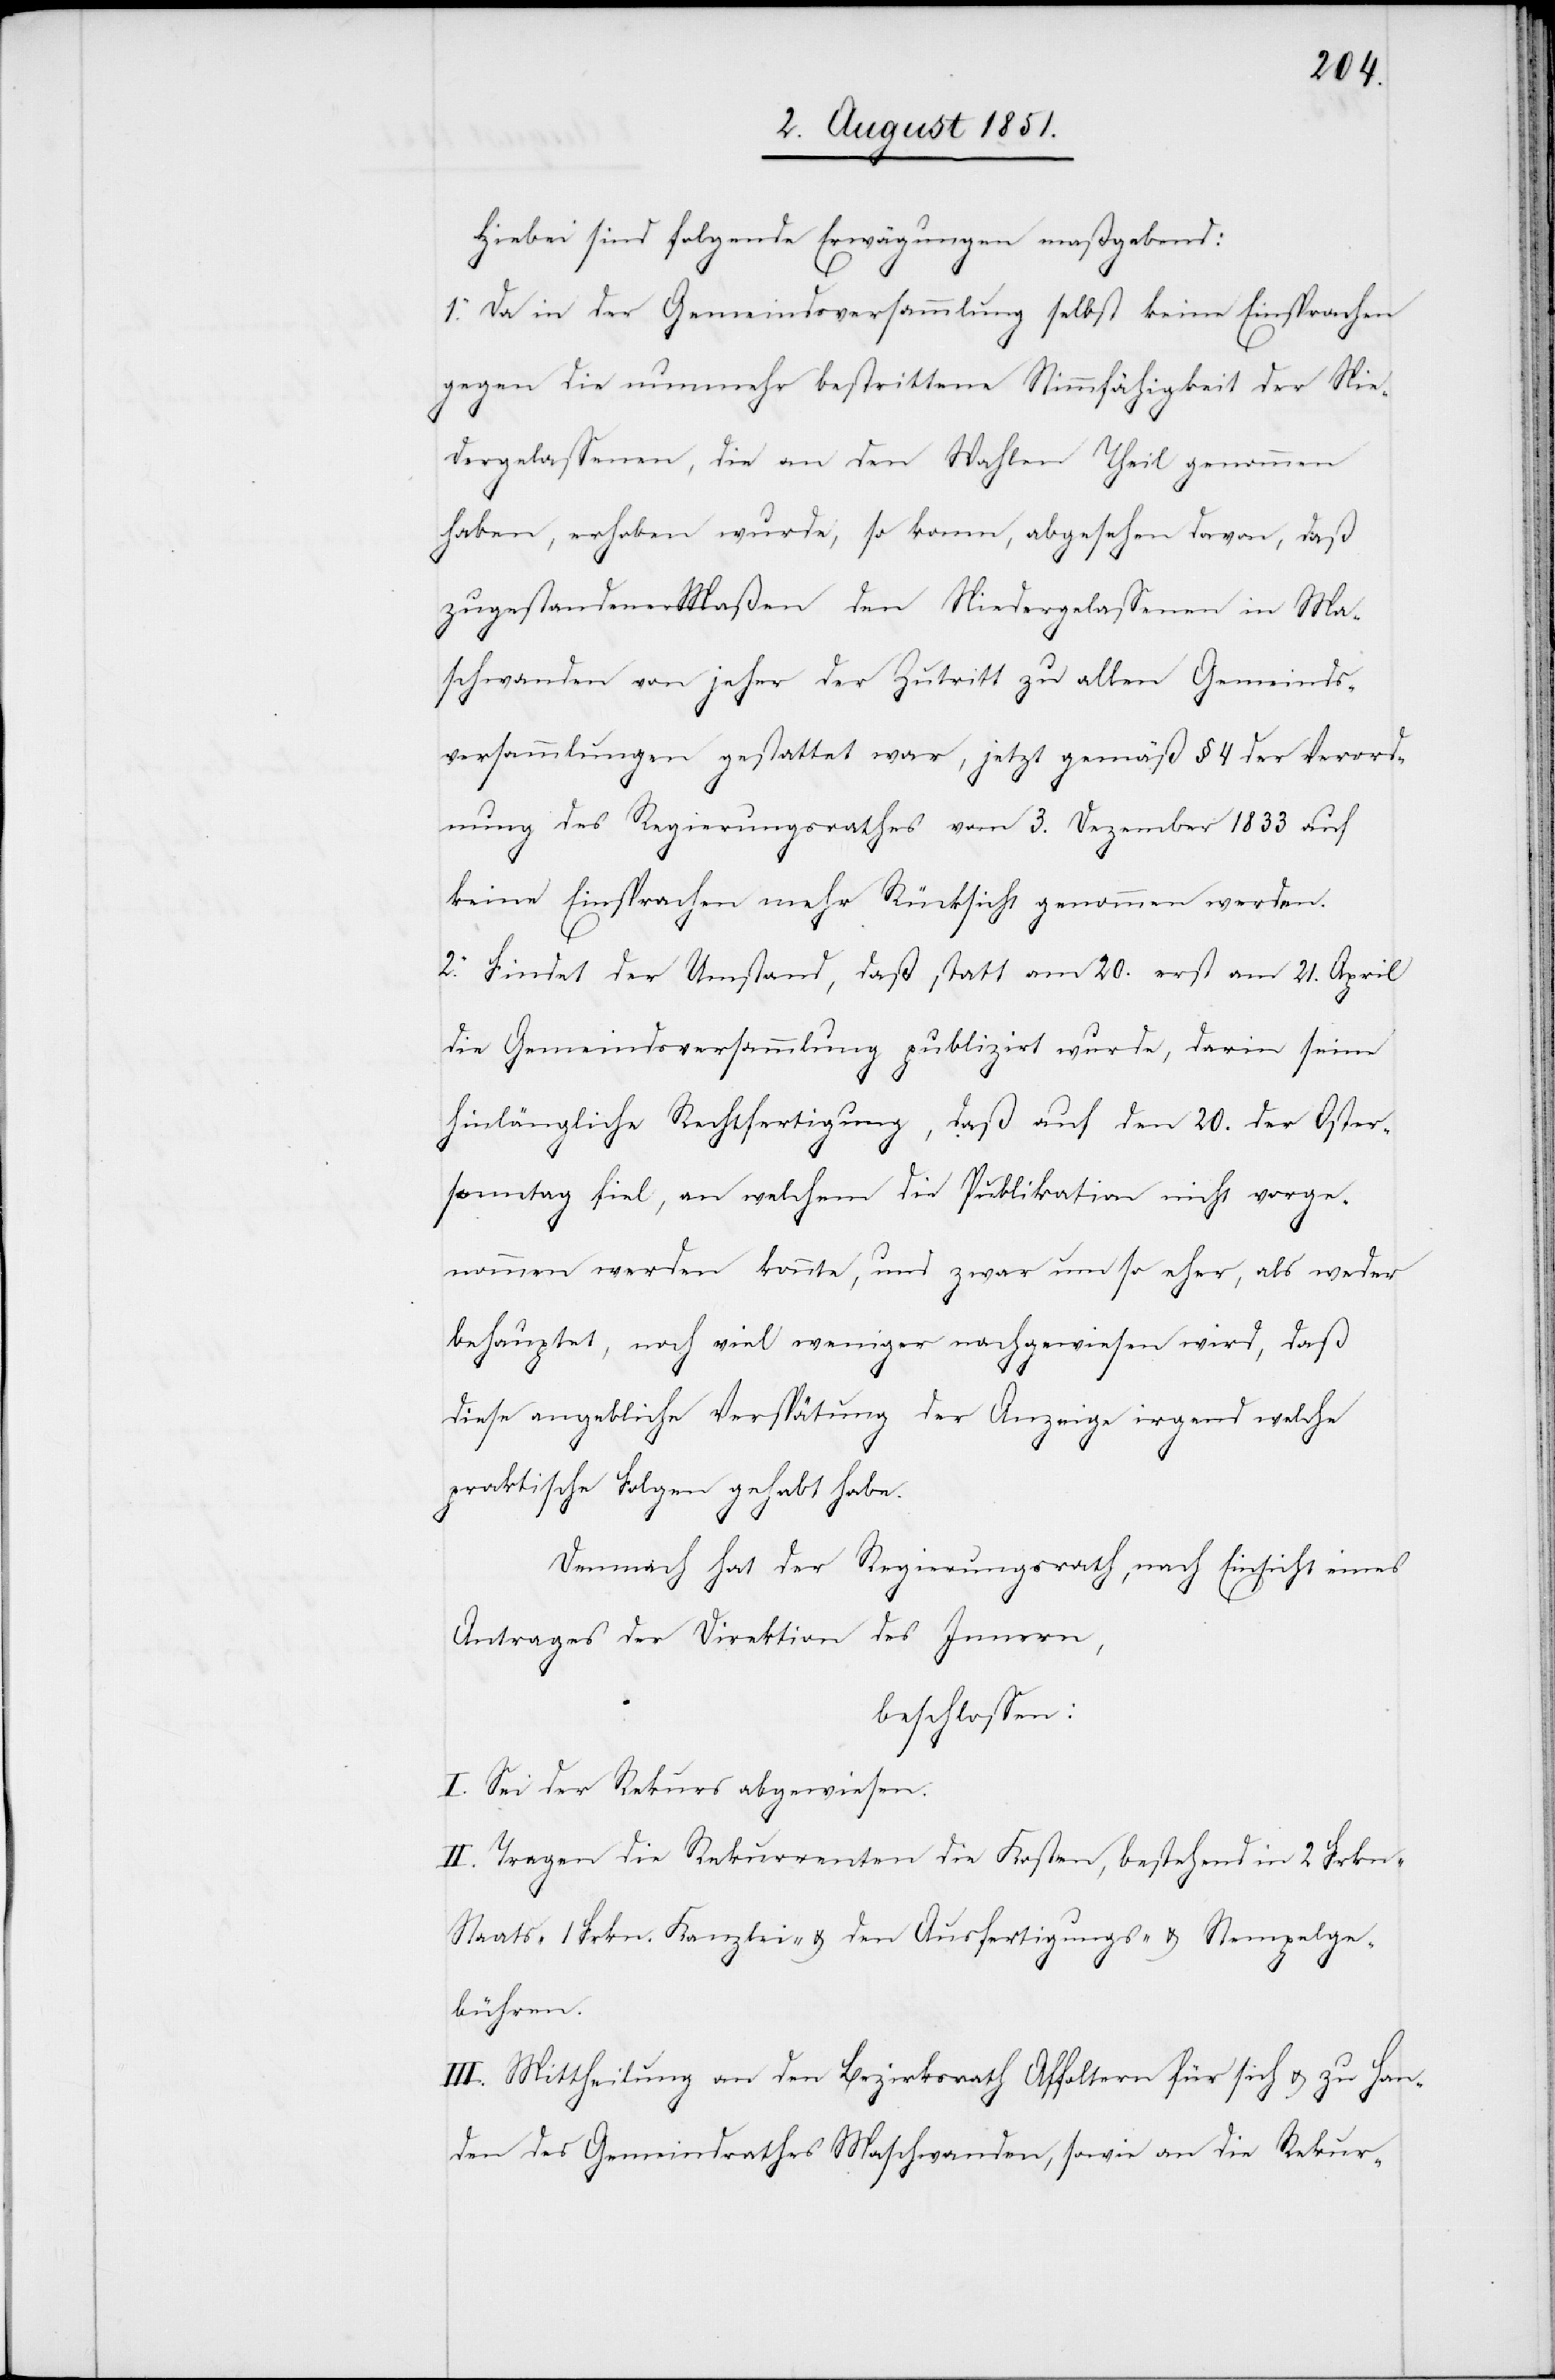
Hiebei sind folgende Erwägungen maßgebend:
1. Da in der Gemeindsversammlung selbst keine Einsprachen
gegen die nunmehr bestrittene Stimmfähigkeit der Nie¬
dergelassenen, die an den Wahlen Theil genommen
haben, erhoben wurde, so kann, abgesehen davon, daß
zugestandener Maßen den Niedergelassenen in Ma¬
schwanden von jeher der Zutritt zu allen Gemeinds¬
versammlungen gestattet war, jetzt gemäß § 4 der Verord¬
nung des Regierungsrathes vom 3. Dezember 1833 auf
keine Einsprachen mehr Rücksicht genommen werden.
2. Findet der Umstand, daß statt am 20. erst am 21. April
die Gemeindsversammlung publizirt wurde, darin seine
hinlängliche Rechtfertigung, daß auf den 20. der Oster¬
sonntag fiel, an welchem die Publikation nicht vorge¬
nommen werden konnte, und zwar um so eher, als weder
behauptet, noch viel weniger nachgewiesen wird, daß
diese angebliche Verspätung der Anzeige irgend welche
praktische Folgen gehabt habe.
Demnach hat der Regierungsrath, nach Einsicht eines
Antrages der Direktion des Innern,
beschlossen:
I. Sei der Rekurs abgewiesen.
II. Tragen die Rekurrenten die Kosten, bestehend in 2 Frkn
Staats-[,] 1 Frkn. Kanzlei- & den Ausfertigungs- & Stempelge¬
bühren.
III. Mittheilung an den Bezirksrath Affoltern für sich & zu Han¬
den des Gemeindrathes Maschwanden, sowie an die Rekur-